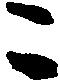
ニ